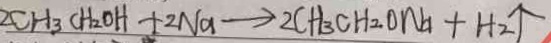
2 C H _ { 3 } C H _ { 2 } O H + 2 N a \rightarrow 2 C H _ { 3 } C H _ { 2 } O N a + H _ { 2 } \uparrow